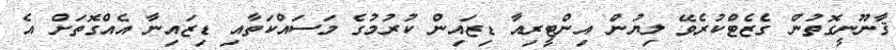
ޤާނޫނީގޮތުން ގެޒެޓްކުރެވޭ ލިޔުން އިންޓީރިއާ ޑިޒައިން ކުރުމުގެ މަސައްކަތާއި ޑިޒައިނާ އެއްގޮތަށް އެ